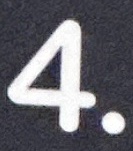
4.